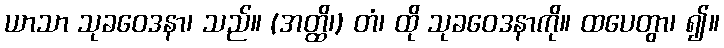
ယာသာ သုခဝေဒနာ၊ သည်။ (အတ္ထိ၊) တံ၊ ထို သုခဝေဒနာကို။ ထပေတွာ၊ ၍။